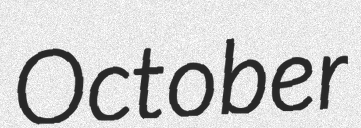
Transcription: October